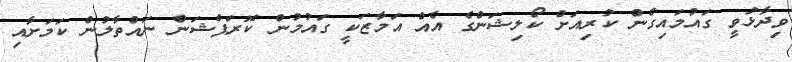
ވިދާޅުވީ ގައުމައިގެން ކުރިއަށް ކޯލިޝަންގެ އެއް އަމާޒަކީ ގައުމުން ކޮރަޕްޝަން ނައްތާލުން ކަމަށާއި